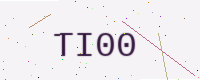
Text: TI00